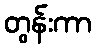
တွန်းကာ